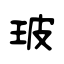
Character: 玻